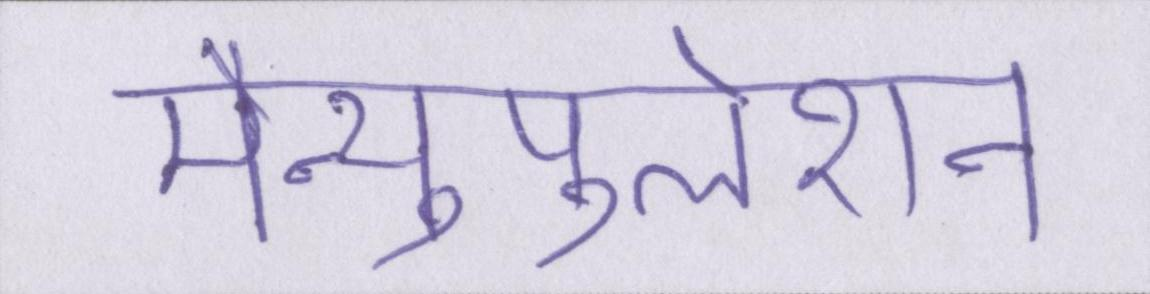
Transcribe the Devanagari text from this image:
मैन्युपुलेशन